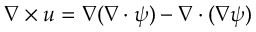
\nabla \times \boldsymbol { u } = \nabla ( \nabla \cdot \boldsymbol { \psi } ) - \nabla \cdot ( \nabla \boldsymbol { \psi } )